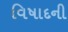
વિષાદની